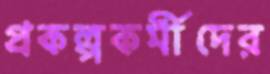
প্রকল্পকর্মীদের